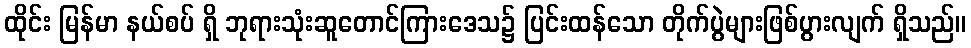
ထိုင်း မြန်မာ နယ်စပ် ရှိ ဘုရားသုံးဆူတောင်ကြားဒေသ၌ ပြင်းထန်သော တိုက်ပွဲများဖြစ်ပွားလျက် ရှိသည်။